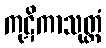
ကုဋိကာသုတ္တံ